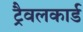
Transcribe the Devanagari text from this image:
ट्रैवलकार्ड